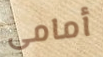
أمامى